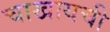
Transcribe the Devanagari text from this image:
चाखायची